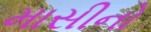
માસીનો